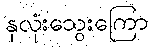
နှလုံးသွေးကြော